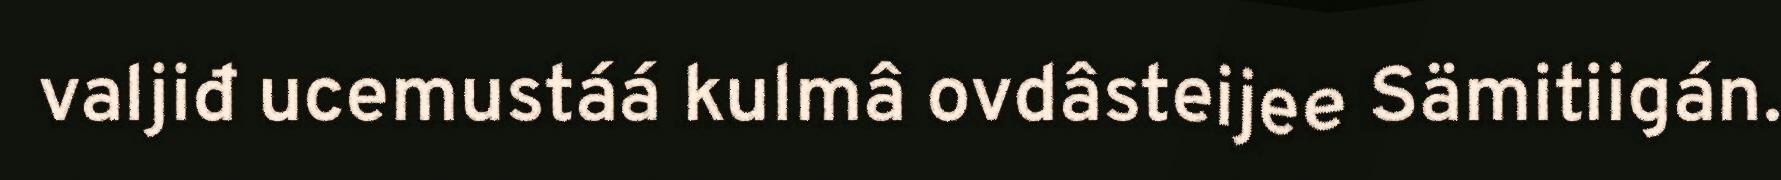
valjiđ ucemustáá kulmâ ovdâsteijee Sämitiigán.